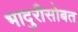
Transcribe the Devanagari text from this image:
भादुरीसोबत